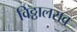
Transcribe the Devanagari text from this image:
विठ्ठालराव